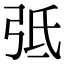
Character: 弤